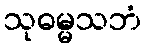
သုဓမ္မသဘံ